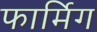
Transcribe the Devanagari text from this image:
फार्मिग